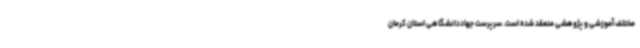
مختلف آموزشی و پژوهشی منعقد شده است. سرپرست جهاددانشگاهی استان کرمان